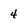
Character: 4